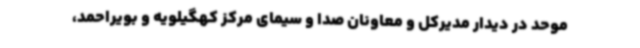
موحد در دیدار مدیرکل و معاونان صدا و سیمای مرکز کهگیلویه و بویراحمد،